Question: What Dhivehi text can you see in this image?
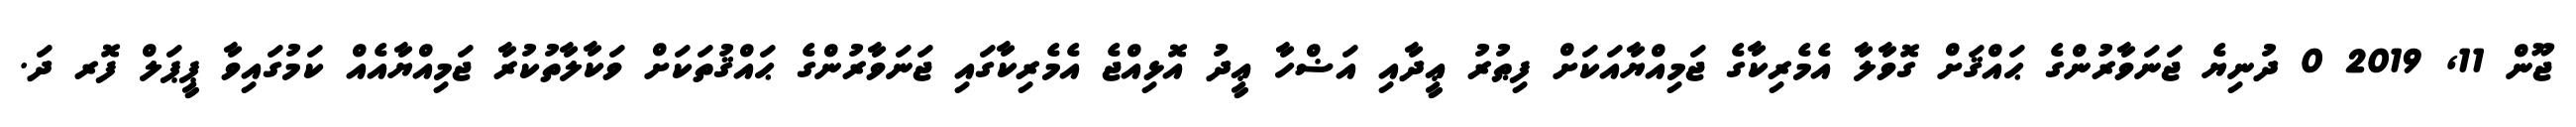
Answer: ޖޫން 11, 2019 0 ދުނިޔެ ޖަނަވާރުންގެ ޙައްޤަށް ގޮވާލާ އެމެރިކާގެ ޖަމިއްޔާއަކަށް ފިޠުރު ޢީދާއި އަޟްހާ ޢީދު އޮޅިއްޖެ އެމެރިކާގައި ޖަނަވާރުންގެ ޙައްޤުތަކަށް ވަކާލާތުކުރާ ޖަމިއްޔާއެއް ކަމުގައިވާ ޕީޕަލް ފޮރ ދަ.